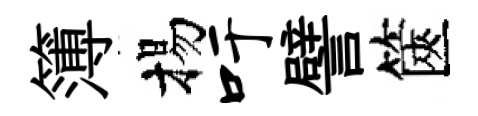
簿揚吁譬篋